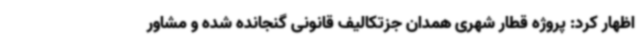
اظهار کرد: پروژه قطار شهری همدان جزتکالیف قانونی گنجانده شده و مشاور